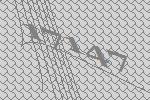
17147